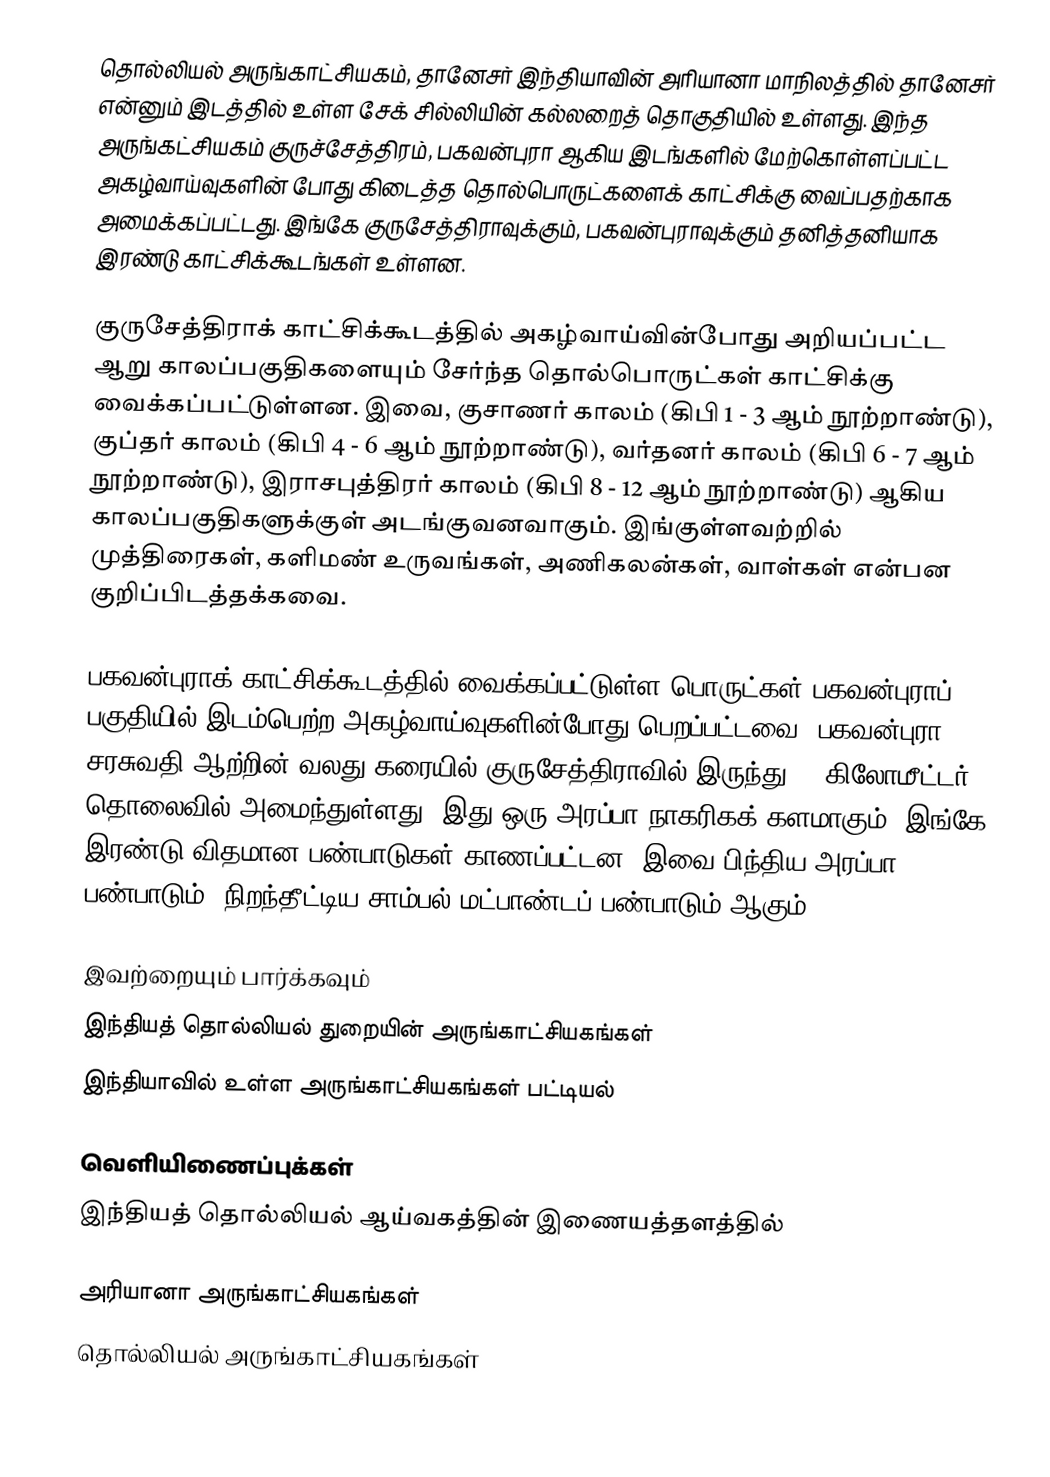
தொல்லியல் அருங்காட்சியகம், தானேசர் இந்தியாவின் அரியானா மாநிலத்தில் தானேசர் என்னும் இடத்தில் உள்ள சேக் சில்லியின் கல்லறைத் தொகுதியில் உள்ளது. இந்த அருங்கட்சியகம் குருச்சேத்திரம், பகவன்புரா ஆகிய இடங்களில் மேற்கொள்ளப்பட்ட அகழ்வாய்வுகளின் போது கிடைத்த தொல்பொருட்களைக் காட்சிக்கு வைப்பதற்காக அமைக்கப்பட்டது. இங்கே குருசேத்திராவுக்கும், பகவன்புராவுக்கும் தனித்தனியாக இரண்டு காட்சிக்கூடங்கள் உள்ளன.

குருசேத்திராக் காட்சிக்கூடத்தில் அகழ்வாய்வின்போது அறியப்பட்ட ஆறு காலப்பகுதிகளையும் சேர்ந்த தொல்பொருட்கள் காட்சிக்கு வைக்கப்பட்டுள்ளன. இவை,  குசாணர் காலம் (கிபி 1 - 3 ஆம் நூற்றாண்டு),  குப்தர் காலம் (கிபி 4 - 6 ஆம் நூற்றாண்டு), வர்தனர் காலம் (கிபி 6 - 7 ஆம் நூற்றாண்டு),  இராசபுத்திரர் காலம் (கிபி 8 - 12 ஆம் நூற்றாண்டு) ஆகிய காலப்பகுதிகளுக்குள் அடங்குவனவாகும். இங்குள்ளவற்றில் முத்திரைகள், களிமண் உருவங்கள், அணிகலன்கள், வாள்கள் என்பன குறிப்பிடத்தக்கவை.

பகவன்புராக் காட்சிக்கூடத்தில் வைக்கப்பட்டுள்ள பொருட்கள் பகவன்புராப் பகுதியில் இடம்பெற்ற அகழ்வாய்வுகளின்போது பெறப்பட்டவை. பகவன்புரா சரசுவதி ஆற்றின் வலது கரையில் குருசேத்திராவில் இருந்து 24 கிலோமீட்டர் தொலைவில் அமைந்துள்ளது. இது ஒரு அரப்பா நாகரிகக் களமாகும். இங்கே இரண்டு விதமான பண்பாடுகள் காணப்பட்டன. இவை பிந்திய அரப்பா பண்பாடும், நிறந்தீட்டிய சாம்பல் மட்பாண்டப் பண்பாடும் ஆகும்.

இவற்றையும் பார்க்கவும்
 இந்தியத் தொல்லியல் துறையின் அருங்காட்சியகங்கள்
 இந்தியாவில் உள்ள அருங்காட்சியகங்கள் பட்டியல்

வெளியிணைப்புக்கள்
 இந்தியத் தொல்லியல் ஆய்வகத்தின் இணையத்தளத்தில்

அரியானா அருங்காட்சியகங்கள்
தொல்லியல் அருங்காட்சியகங்கள்